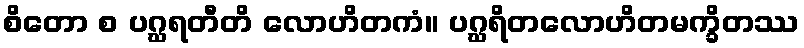
စိတော စ ပဂ္ဃရတီတိ လောဟိတကံ။ ပဂ္ဃရိတလောဟိတမက္ခိတဿ